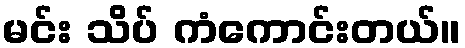
မင်း သိပ် ကံကောင်းတယ်။